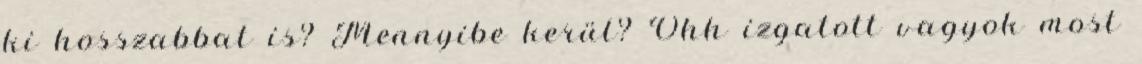
ki hosszabbat is? Mennyibe kerül? Ohh izgatott vagyok most